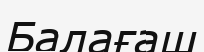
Балағаш